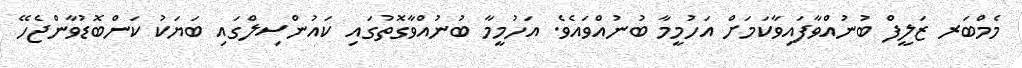
މެމްބަރ ޒަލީފް ބުނުއްވާފައިވާކަމަށް އަހުމީމާ ބުނުއްވައެވެ. އަހުމީމާ ބުނުއްވާގޮތުގައި ކައުންސިލްގައި ބަޔަކު ކަންބޮޑުވާންޖެހޭ